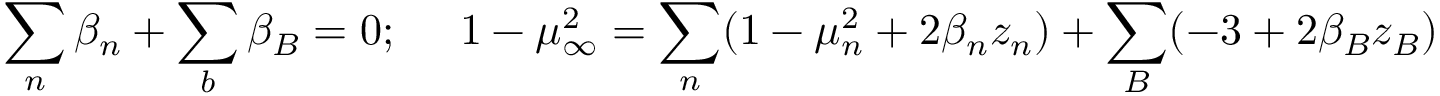
\sum _ { n } \beta _ { n } + \sum _ { b } \beta _ { B } = 0 ; ~ ~ ~ ~ 1 - \mu _ { \infty } ^ { 2 } = \sum _ { n } ( 1 - \mu _ { n } ^ { 2 } + 2 \beta _ { n } z _ { n } ) + \sum _ { B } ( - 3 + 2 \beta _ { B } z _ { B } )